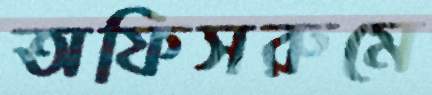
অফিসরুমে